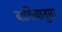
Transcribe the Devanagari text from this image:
बागिचानुमा